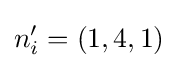
n_{i}'=(1,4,1)